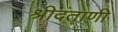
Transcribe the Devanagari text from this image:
श्रीदंताणी